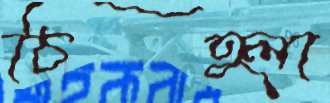
চিহ্লা